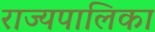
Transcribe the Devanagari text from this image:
राज्यपालिका